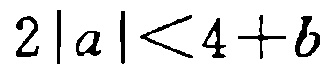
\(2|a|<4 + b\)